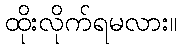
ထိုးလိုက်ရမလား။